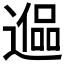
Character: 𰻑